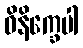
ဝိနိက္ခေပါ